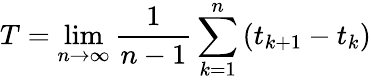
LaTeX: T=\operatorname*{lim}_{n\rightarrow\infty}\frac{1}{n-1}\sum_{k=1}^{n}\left(t_{k+1}-t_{k}\right)